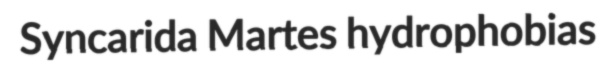
Syncarida Martes hydrophobias